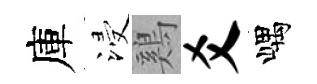
庫浸鷄爻嵎